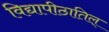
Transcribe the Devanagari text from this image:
विद्यापीठातिल्